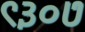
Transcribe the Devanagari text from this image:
९३०७